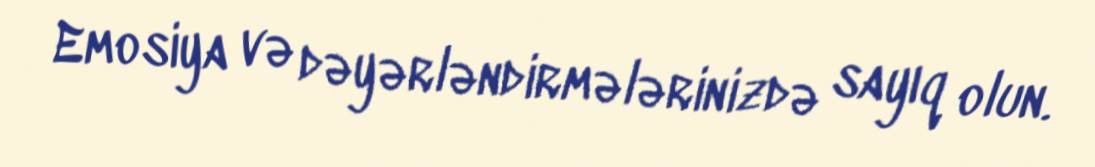
Emosiya və dəyərləndirmələrinizdə sayıq olun.